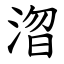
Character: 㳷